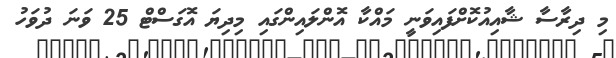
މި ދިރާސާ ޝާއިއުކޮށްފައިވަނީ މައްކާ އޮންލައިންގައި މިދިޔަ އޮގަސްޓް 25 ވަނަ ދުވަހު